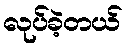
လုပ်ခဲ့တယ်